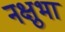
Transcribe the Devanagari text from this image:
नक्षुभा